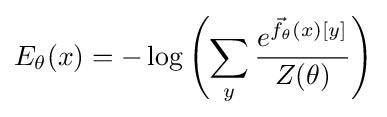
E_{\theta }(x)=-\log \left(\sum _{y}{\frac {e^{{\vec {f}}_{\theta }(x)[y]}}{Z(\theta )}}\right)